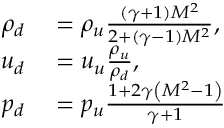
\begin{array} { r l } { \rho _ { d } } & { { } = \rho _ { u } \frac { ( \gamma + 1 ) M ^ { 2 } } { 2 + ( \gamma - 1 ) M ^ { 2 } } , } \\ { u _ { d } } & { { } = u _ { u } \frac { \rho _ { u } } { \rho _ { d } } , } \\ { p _ { d } } & { { } = p _ { u } \frac { 1 + 2 \gamma \left( M ^ { 2 } - 1 \right) } { \gamma + 1 } } \end{array}